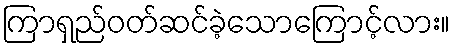
ကြာရှည်ဝတ်ဆင်ခဲ့သောကြောင့်လား။